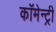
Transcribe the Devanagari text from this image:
कॉमेन्ट्री